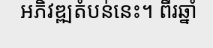
អភិវឌ្ឍតំបន់នេះ។ ពីរឆ្នាំ